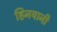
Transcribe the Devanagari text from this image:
हिनयानी